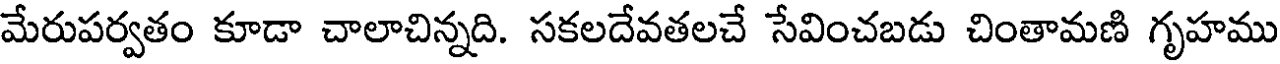
మేరుపర్వతం కూడా చాలాచిన్నది. సకలదేవతలచే సేవించబడు చింతామణి గృహము